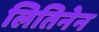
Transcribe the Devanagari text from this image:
लितिनेन